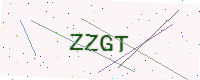
Text: ZZGT